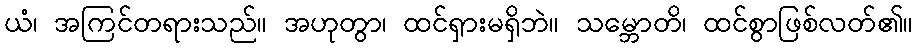
ယံ၊ အကြင်တရားသည်။ အဟုတွာ၊ ထင်ရှားမရှိဘဲ။ သမ္ဘောတိ၊ ထင်စွာဖြစ်လတ်၏။